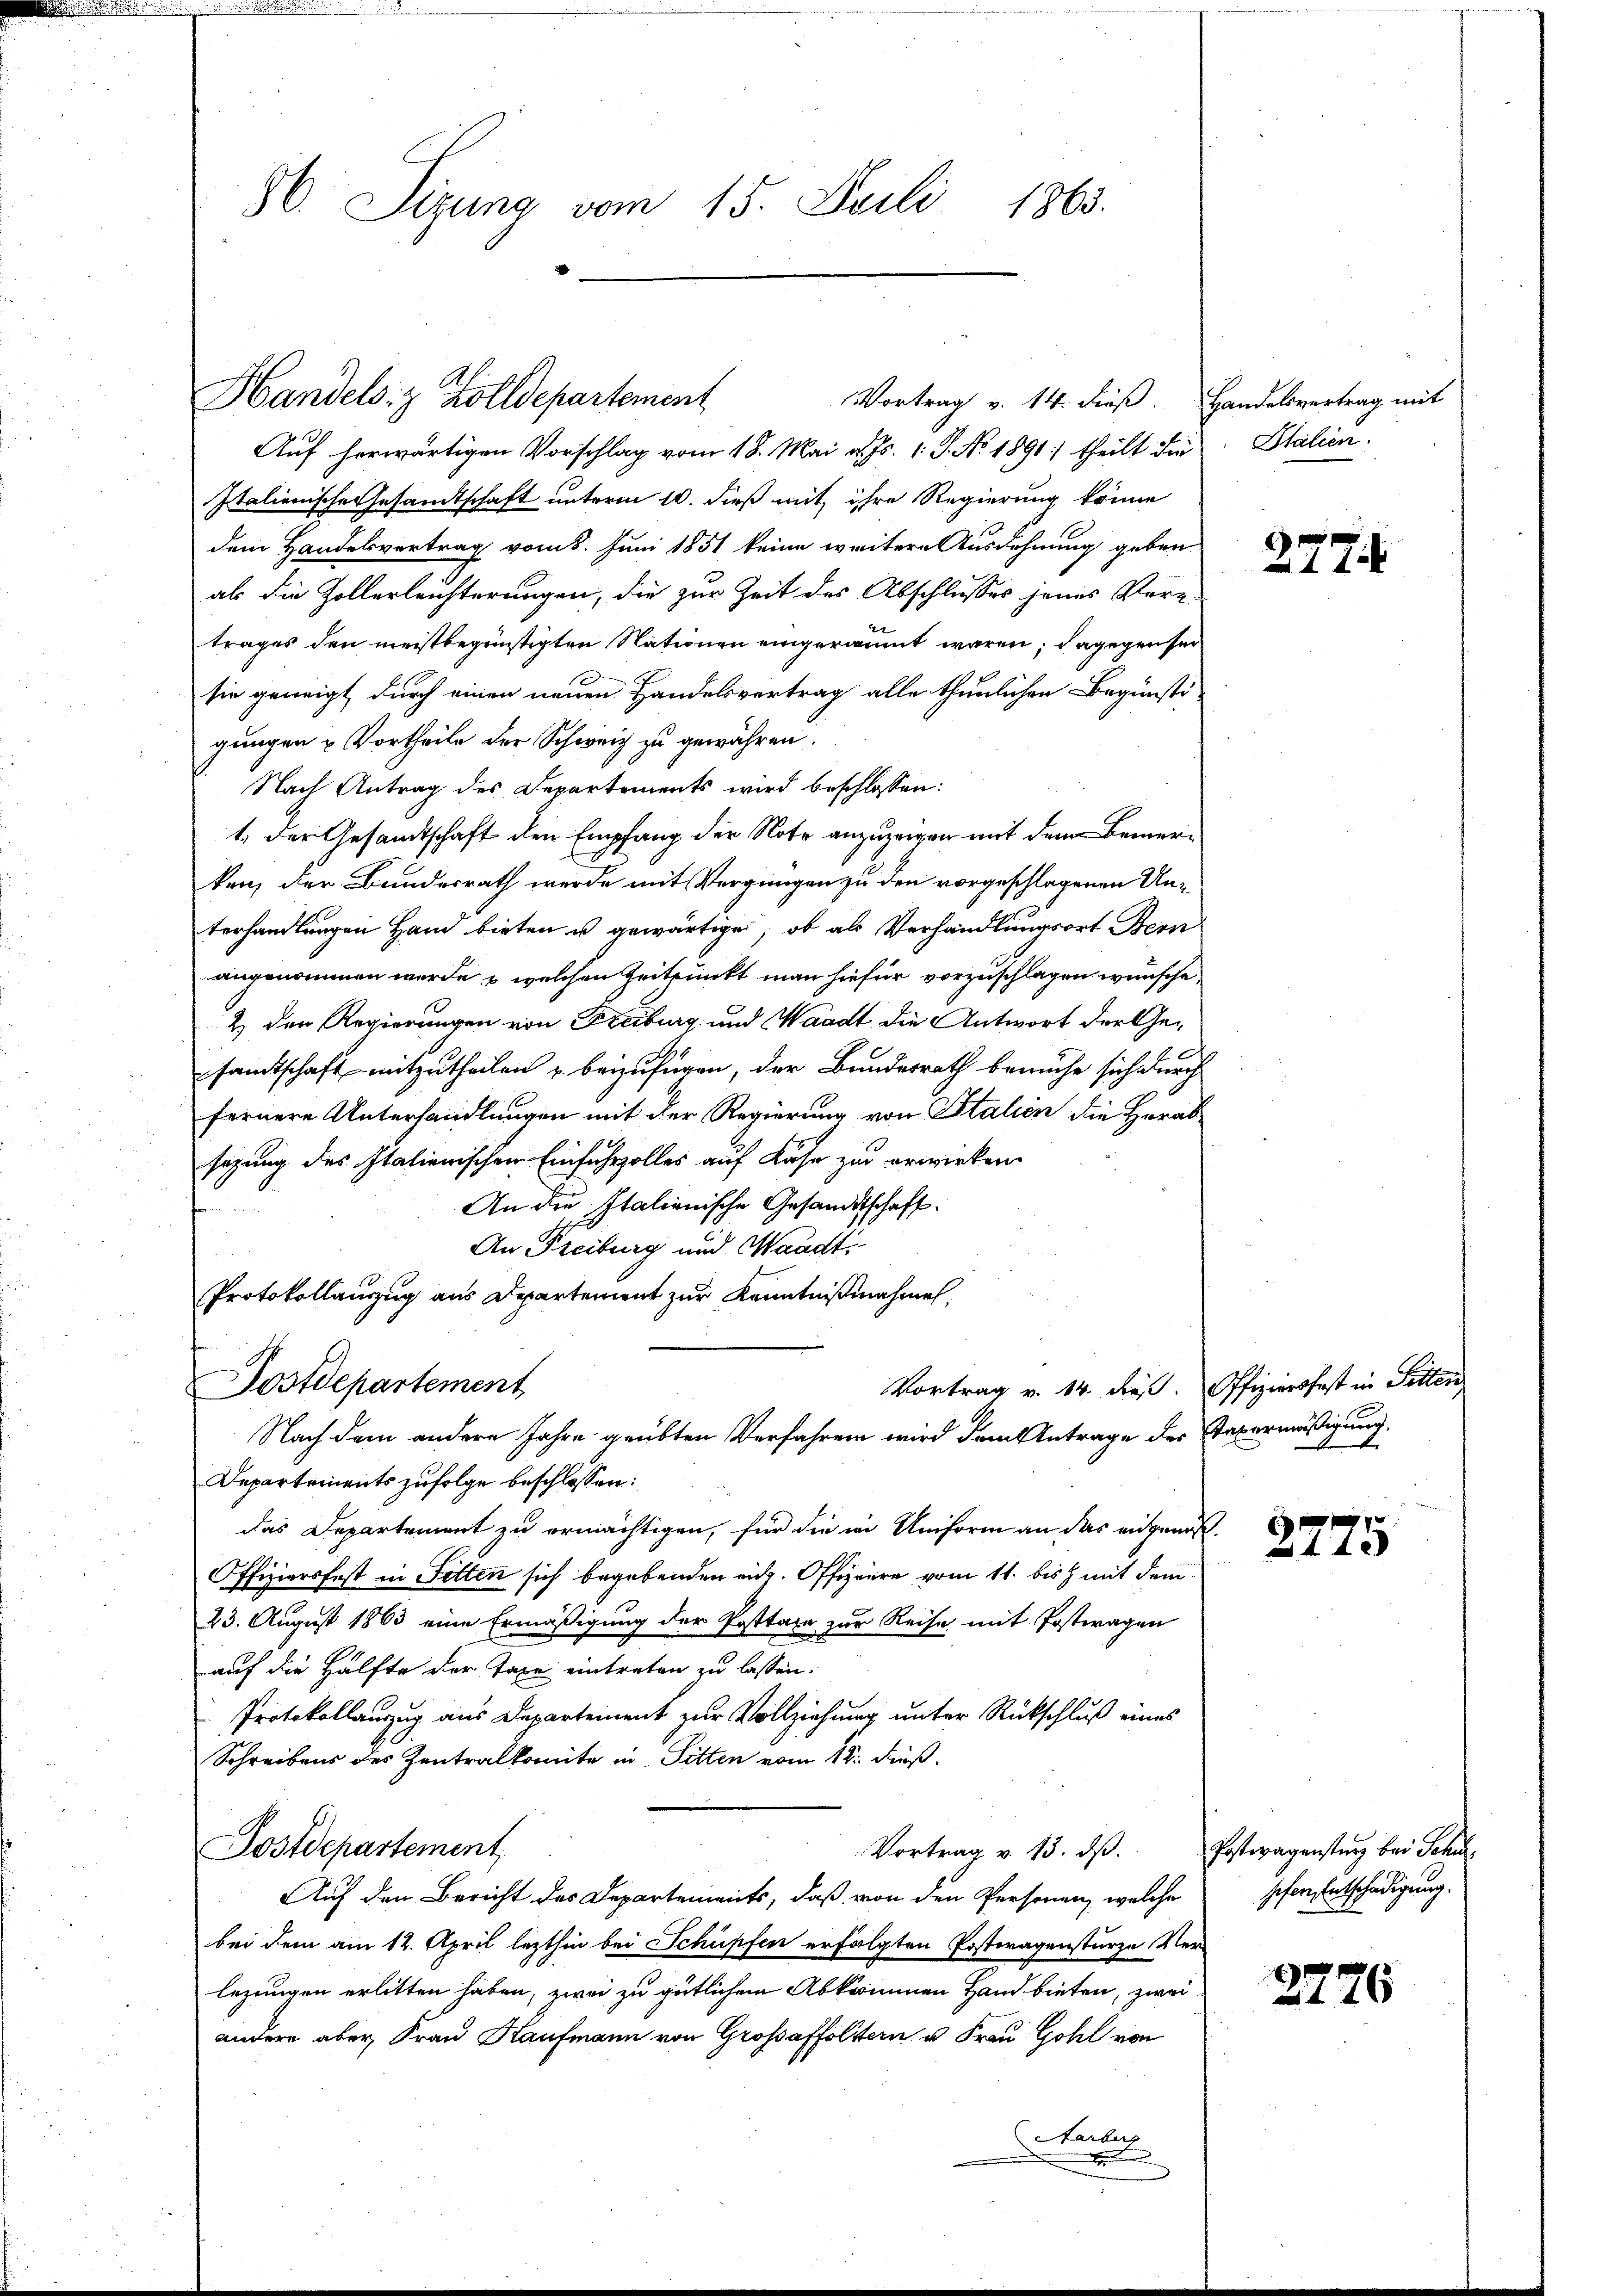
86. Sizung vom 15. Juli 1863.

Handels z Zolldepartement

Vortrag v. 14. dieß. Handelsvertrag mit

Auf herwärtigen Vorschlag vom 18. Mai v. Js. 1. P. No. 1891. theilt die
Italienische Gesandtschaft unterm 10. dieß mit ihre Regierung könne
dem Handelsvertrag vom 5. Juni 1851 keine weitere Ausdehnung geben
als die Zollerleichterungen, die zur Zeit des Abschlusses jenes Vorz-
trages den meistbegünstigten Nationen eingeräumt waren; dagegensei
sie geneigt, durch einen neuen Handelsvertrag alle thunlichen Begünsti-
gungen u Vortheile der Schweiz zu gewähren.
Nach Antrag des Departements wird beschlossen:
1. Der Gesandtschaft den Empfang der Note anzuzeigen mit dem Bemerken, der Bundesrath werde mit Vergnügen zu den vorgeschlagenen Unterhandlungen Hand bieten u gewärtige, ob als Verhandlungsort Bern
angenommen werde & welchen Zeitpunkt man hiefür vorzuschlagen wünsche,
2) den Regierungen von Freiburg und Waadt, die Antwort der Gesandtschaft mitzutheilen u beizufügen, der Bundesrath bemühe sich durch
fernere Unterhandlungen mit der Regierung von Italien die Herabsazung des Italienischen Einfuhrzolles auf Käse zur erwirken.
An die Italienische Gesandtschaft.
An Freiburg und Waadt,
Protokollauszug aus Departement zur Kenntnißnahmen.
Postdepartement
Vortrag v. 14. dieß. Offiziersfest in Sitten
Nach dem andere Jahre geübten Verfahren wird dem Antrage des Taxermäßigung.
Departements zufolge beschlossen:
das Departement zu ermächtigen, für die in Uniform an das eidgenos¬
Offiziersfest in Fetten sich begebenden eidg. Offiziere vom 11. bisz mit dem
23. August 1863 eine Ermäßigung der Posttaxe zur Reise mit Postwagen
auf die Hälfte der Taxe eintreten zu lassen.
Protokollauzug aus Departement zur Vollziehung unter Rückschluß eines
Schreibens des Zentralkomite in Sitten vom 18. Fuß.
Postdepartement
Vortrag v. 13. dß.
Auf den Bericht des Departements, daß von den Personen, welche
bei dem am 12. April lezthin bei Schüpfen erfolgten Posteragensturze Ver-
legungen erlitten haben, zwei zu gütlichem Abkommen Hand bieten, zwei
andere aber, Frau Kaufmann von Grossaffoltern u Frau Gohl von
Harberg
.

Stalien.

277

2775

Postwagenstung bei Schu
hefen Entschädigung.

2776